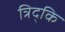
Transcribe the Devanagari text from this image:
त्रिद्कि